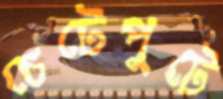
চেটেপুটে